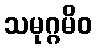
သမုဂ္ဂမိဝ